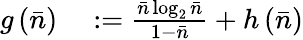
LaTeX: \begin{array}{rl}{g\left(\bar{n}\right)}&{{}:=\frac{\bar{n}\log_{2}\bar{n}}{1-\bar{n}}+h\left(\bar{n}\right)}\end{array}